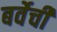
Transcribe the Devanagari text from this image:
बर्वेची